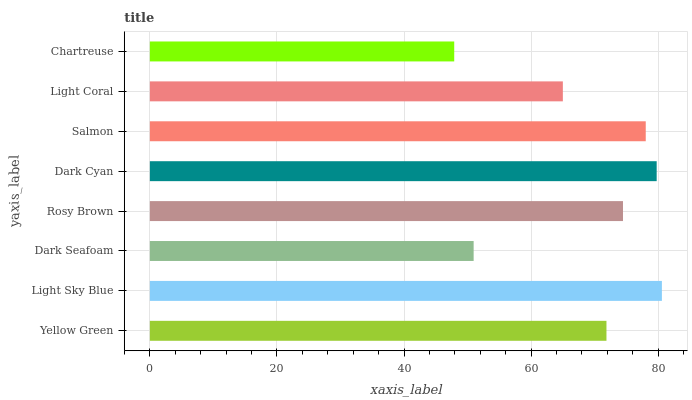
| yaxis_label | bars |
 | --- | --- |
 | Yellow Green | 71.9 |
 | Light Sky Blue | 80.6 |
 | Dark Seafoam | 51 |
 | Rosy Brown | 74.5 |
 | Dark Cyan | 79.8 |
 | Salmon | 78 |
 | Light Coral | 65 |
 | Chartreuse | 47.9 |